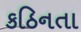
કઠિનતા